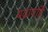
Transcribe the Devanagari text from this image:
बढ़ावहिं